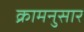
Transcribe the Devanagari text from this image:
क्रामनुसार